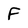
Character: F